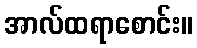
အာလ်ထရာစောင်း။